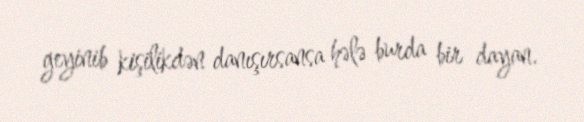
geyinib kişilikdən danışırsansa hələ burda bir dayan.